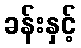
ခန်းနှင့်